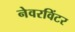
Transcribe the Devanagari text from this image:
नेवरविंटर